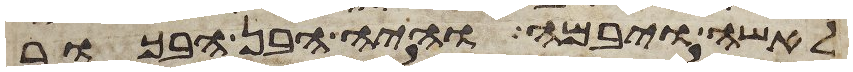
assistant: לאשה ויבמה והיה הבן הבכור